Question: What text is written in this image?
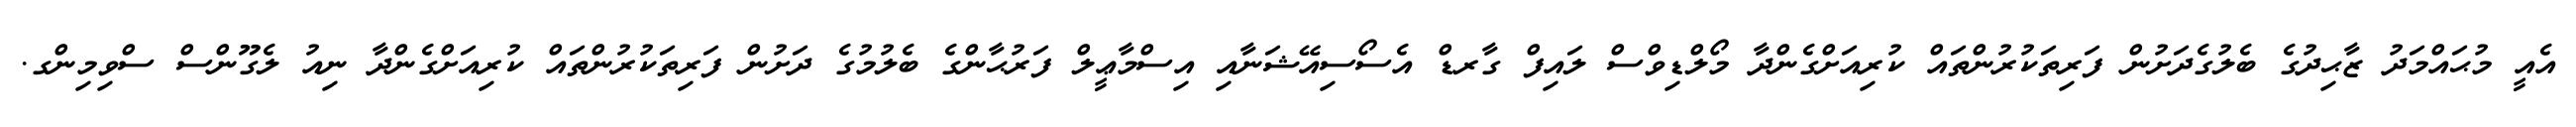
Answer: އެއީ މުޙައްމަދު ޒާޙިދުގެ ބެލުގެދަށުން ފަރިތަކުރުންތައް ކުރިއަށްގެންދާ މޯލްޑިވްސް ލައިފް ގާރޑް އެސޯސިއޭޝަނާއި އިސްމާޢީލް ފަރުޙާންގެ ބެލުމުގެ ދަށުން ފަރިތަކުރުންތައް ކުރިއަށްގެންދާ ނިއު ލެގޫންސް ސްވިމިންގ.